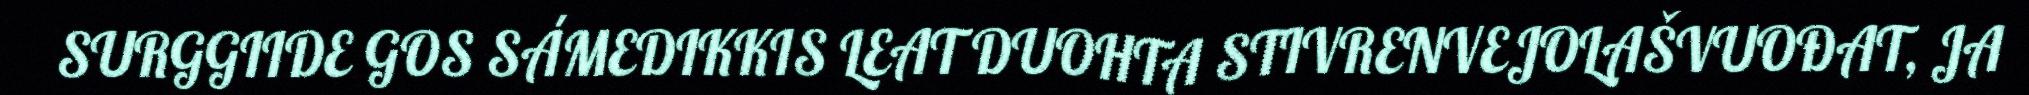
SURGGIIDE GOS SÁMEDIKKIS LEAT DUOHTA STIVRENVEJOLAŠVUOĐAT, JA